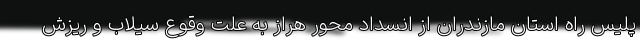
پلیس راه استان مازندران از انسداد محور هراز به علت وقوع سیلاب و ریزش